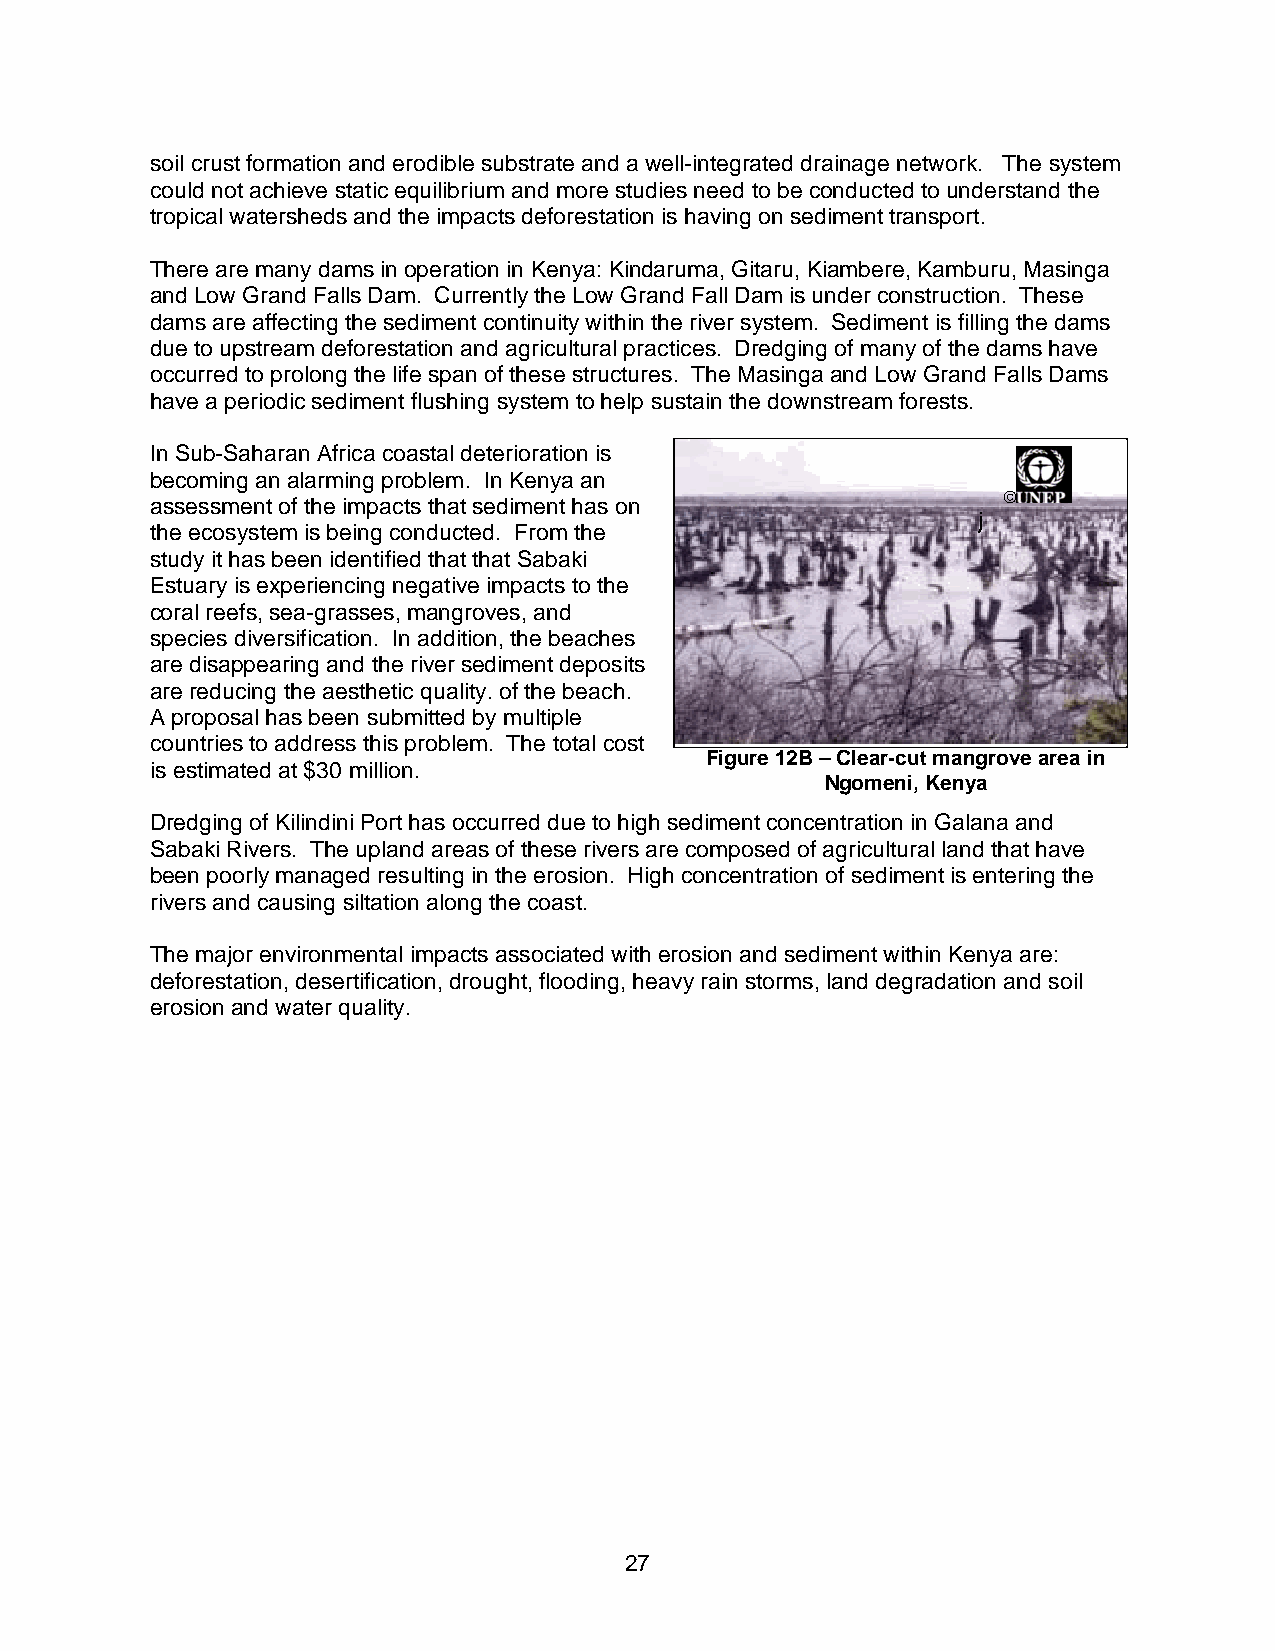
soil crust formation and erodible substrate and a well-integrated drainage network. The system
 could not achieve static equilibrium and more studies need to be conducted to understand the
 tropical watersheds and the impacts deforestation is having on sediment transport.
 There are many dams in operation in Kenya: Kindaruma, Gitaru, Kiambere, Kamburu, Masinga
 and Low Grand Falls Dam. Currently the Low Grand Fall Dam is under construction. These
 dams are affecting the sediment continuity within the river system. Sediment is filling the dams
 due to upstream deforestation and agricultural practices. Dredging of many of the dams have
 occurred to prolong the life span of these structures. The Masinga and Low Grand Falls Dams
 have a periodic sediment flushing system to help sustain the downstream forests.
 In Sub-Saharan Africa coastal deterioration is
 becoming an alarming problem. In Kenya an
 ©
 assessment of the impacts that sediment has on
 j
 the ecosystem is being conducted. From the
 study it has been identified that that Sabaki
 Estuary is experiencing negative impacts to the
 coral reefs, sea-grasses, mangroves, and
 species diversification. In addition, the beaches
 are disappearing and the river sediment deposits
 are reducing the aesthetic quality. of the beach.
 A proposal has been submitted by multiple
 countries to address this problem. The total cost
 Figure 12B – Clear-cut mangrove area in
 is estimated at $30 million.
 Ngomeni, Kenya
 Dredging of Kilindini Port has occurred due to high sediment concentration in Galana and
 Sabaki Rivers. The upland areas of these rivers are composed of agricultural land that have
 been poorly managed resulting in the erosion. High concentration of sediment is entering the
 rivers and causing siltation along the coast.
 The major environmental impacts associated with erosion and sediment within Kenya are:
 deforestation, desertification, drought, flooding, heavy rain storms, land degradation and soil
 erosion and water quality.
 27